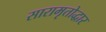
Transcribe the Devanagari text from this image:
सारामृतोद्धार